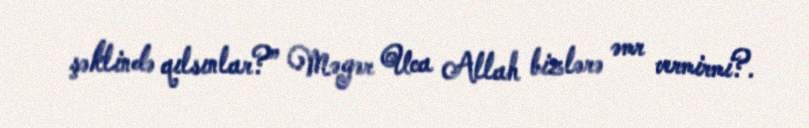
şəklində qılsınlar?” Məgər Uca Allah bizlərə əmr vermirmi?.